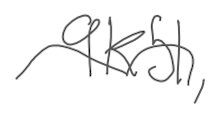
Text: 9K51,
Cross-out: wave
Writing tool: digital_gray